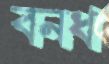
বনধ